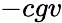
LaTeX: -cgv